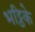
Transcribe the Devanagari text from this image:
भट्ठिके